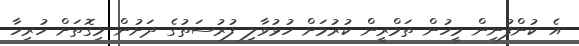
އެ ކުންފުނިން މީހުން ތަމްރީން ކުރުމަށް ހުޅުވާލި ފުރުސަތުގެ ދަށުން މިގޮތަށް ހުރިހާ